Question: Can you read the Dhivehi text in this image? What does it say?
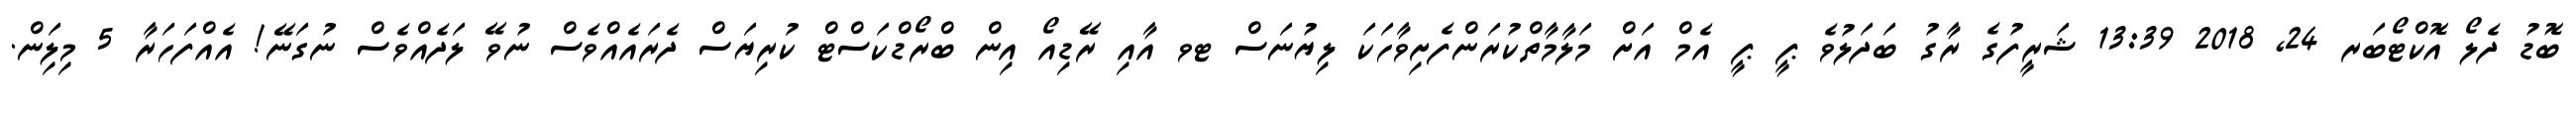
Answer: ބޮޑު ދެލޯ އޮކްޓޯބަރ 24, 2018 13:39 ޝަރީފުގެ ރާގު ބަދަލުވެ ޕީ ޕީ އެމް އަށް މަލާމާތްކުރަންފެށިވާހަކަ ލިޔުނަސް ޓވ އާއި ރޭޑިއޯ އިން ބްރޯޑްކަސްޓް ކުރިޔަސް ދެރައެއްވެސް ނުވޭ ލަދެއްވެސް ނުގަނޭ! އެއްފަހަރާ 5 މިލިަން.